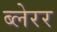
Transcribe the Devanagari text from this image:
ब्लेरर